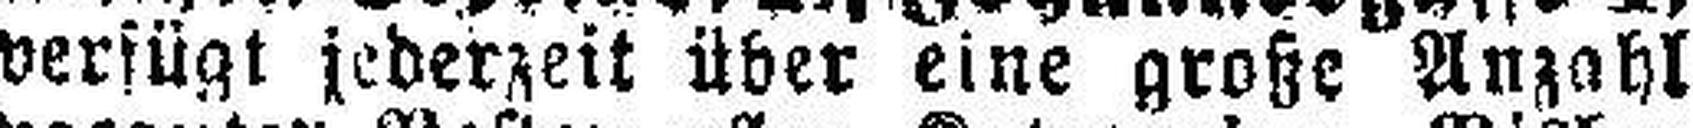
verfügt jederzeit über eine große Anzahl